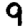
Digit: 9